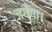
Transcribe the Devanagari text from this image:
जगेगा।